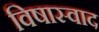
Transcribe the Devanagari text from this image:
विषास्वाद